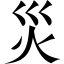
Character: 災